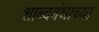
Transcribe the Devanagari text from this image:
शाब्दबंधाच्या